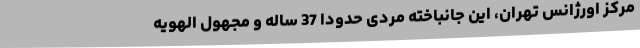
مرکز اورژانس تهران، این جانباخته مردی حدوداً 37 ساله و مجهول الهویه